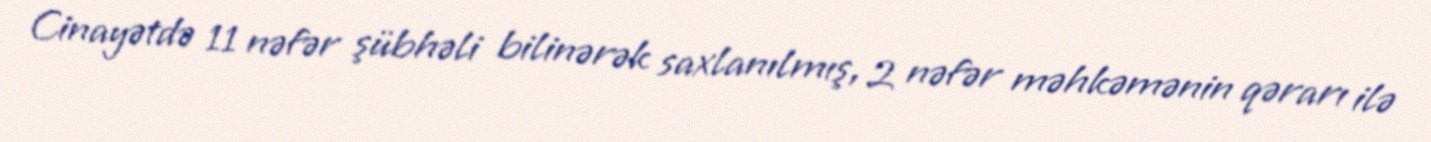
Cinayətdə 11 nəfər şübhəli bilinərək saxlanılmış, 2 nəfər məhkəmənin qərarı ilə